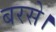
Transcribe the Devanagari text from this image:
बरसे।